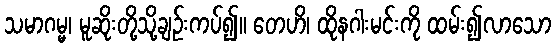
သမာဂမ္မ၊ မူဆိုးတို့သို့ချဉ်းကပ်၍။ တေဟိ၊ ထိုနဂါးမင်းကို ထမ်း၍လာသော